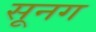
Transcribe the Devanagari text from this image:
सूनग